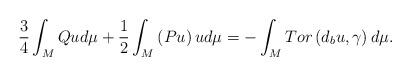
LaTeX: \begin{align*}\frac{3}{4}\int_{M}Qud\mu +\frac{1}{2}\int_{M}\left( Pu\right) ud\mu=-\int_{M}Tor\left( d_{b}u,\gamma \right) d\mu . \end{align*}